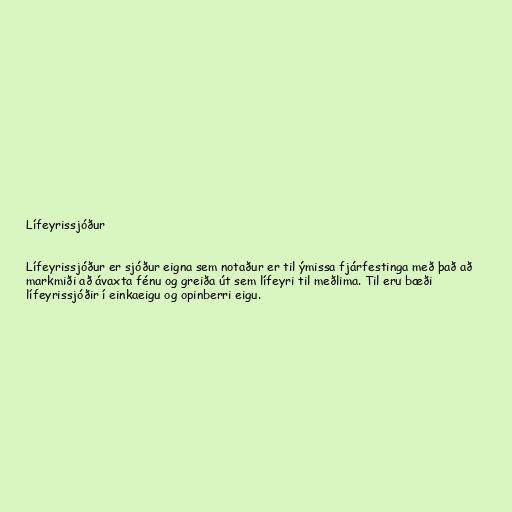
Lífeyrissjóður

Lífeyrissjóður er sjóður eigna sem notaður er til ýmissa fjárfestinga með það að
markmiði að ávaxta fénu og greiða út sem lífeyri til meðlima. Til eru bæði
lífeyrissjóðir í einkaeigu og opinberri eigu.